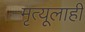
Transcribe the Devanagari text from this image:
मृत्यूलाही